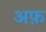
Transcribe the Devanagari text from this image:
अफ़